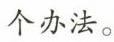
个办法。